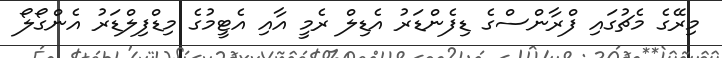
މިރޭގެ މެޗުގައި ފްރާންސްގެ ޑިފެންޑަރު އެޑިލް ރެމީ އާއި އެޓީމުގެ މިޑްފިލްޑަރު އެންގޯލޯ